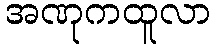
အဏုကထူလာ